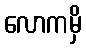
လောကမှိ